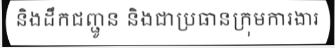
និងដឹកជញ្ជូន និងជាប្រធានក្រុមការងារ